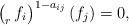
\begin{gather*}\bigl(_r\,f_i\bigr)^{1-a_{ij}}\,(f_j)=0,\end{gather*}